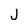
Character: J